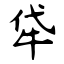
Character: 牮